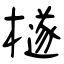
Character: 檖